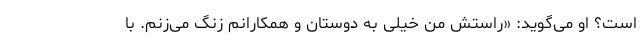
است؟ او می‌گوید: «راستش من خیلی به دوستان و همکارانم زنگ می‌زنم. با